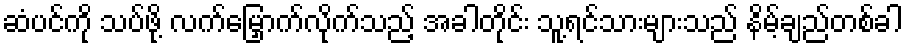
ဆံပင်ကို သပ်ဖို့ လက်မြှောက်လိုက်သည့် အခါတိုင်း သူ့ရင်သားများသည် နိမ့်ချည်တစ်ခါ